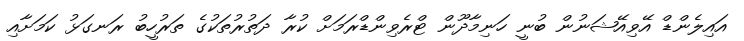
އައިލެންޑް އޭވިއޭޝަނުން ބުނީ ހަނިމާދޫން ޓްރެވިންޑްރަމަށް ކުރާ ދަތުރުތަކުގެ ތަރުހީބު ރަނގަޅު ކަމަށާއި